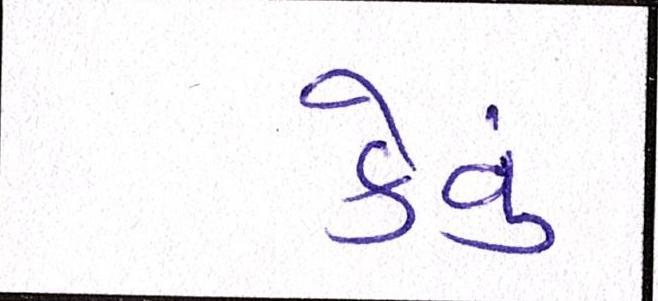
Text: કેવું